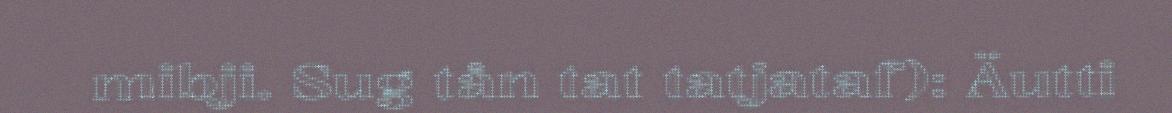
mibji. Sug tån tat tatjataf): Äutti